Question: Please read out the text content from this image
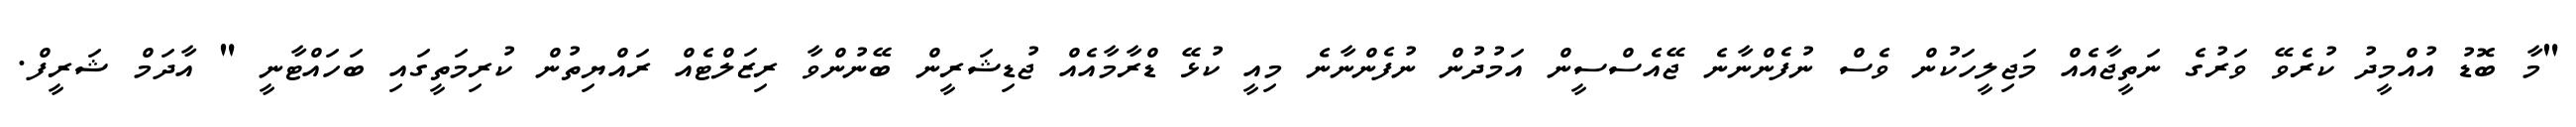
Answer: "މާ ބޮޑު އުއްމީދު ކުރެވޭ ވަރުގެ ނަތީޖާއެއް މަޖިލީހަކުން ވެސް ނުފެންނާނެ ޖޭއެސްސީން އަމުދުން ނުފެންނާނެ މިއީ ކުޅޭ ޑްރާމާއެއް ޖުޑިޝަރީން ބޭނުންވާ ރިޒަލްޓެއް ރައްޔިތުން ކުރިމަތީގައި ބަހައްޓާނީ " އާދަމް ޝަރީފް.